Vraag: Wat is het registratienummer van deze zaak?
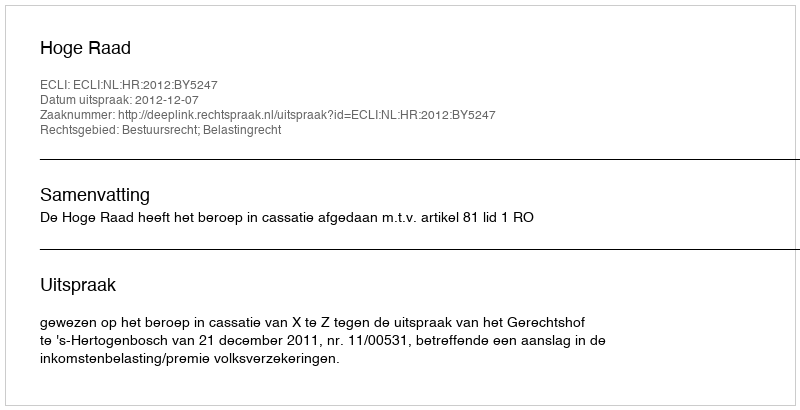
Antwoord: http://deeplink.rechtspraak.nl/uitspraak?id=ECLI:NL:HR:2012:BY5247